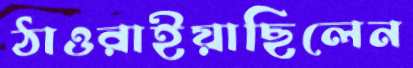
ঠাওরাইয়াছিলেন